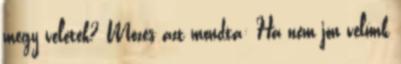
megy veletek? Mózes azt mondta: Ha nem jön velünk